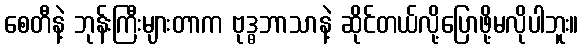
စေတီနဲ့ ဘုန်းကြီးများတာက ဗုဒ္ဓဘာသာနဲ့ ဆိုင်တယ်လို့ပြောဖို့မလိုပါဘူး။